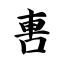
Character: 軎